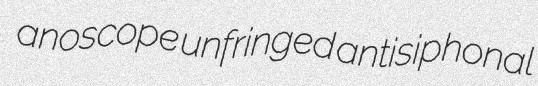
anoscope unfringed antisiphonal